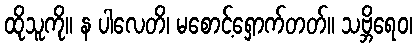
ထိုသူကို။ န ပါလေတိ၊ မစောင့်ရှောက်တတ်။ သဗ္ဘိရေဝ၊